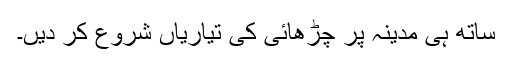
ساتھ ہی مدینہ پر چڑھائی کی تیاریاں شروع کر دیں۔